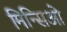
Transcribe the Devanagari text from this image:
मिन्सिओ